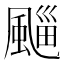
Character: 𩗮